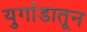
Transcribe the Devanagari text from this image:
युगांडातून